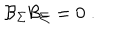
LaTeX: \mathcal { B } _ { \Sigma } \mathcal { B } _ { \Sigma } = 0 \; .